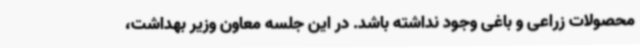
محصولات زراعی و باغی وجود نداشته باشد. در این جلسه معاون وزیر بهداشت،